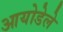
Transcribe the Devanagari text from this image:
आयोडेले